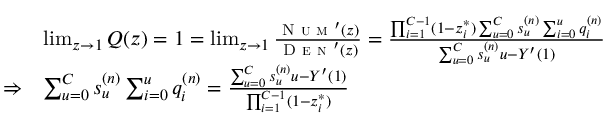
\begin{array} { r l } & { \operatorname* { l i m } _ { z \to 1 } Q ( z ) = 1 = \operatorname* { l i m } _ { z \to 1 } \frac { \textsc { N u m } ^ { \prime } ( z ) } { \textsc { D e n } ^ { \prime } ( z ) } = \frac { \prod _ { i = 1 } ^ { C - 1 } ( 1 - z _ { i } ^ { * } ) \sum _ { u = 0 } ^ { C } s _ { u } ^ { ( n ) } \sum _ { i = 0 } ^ { u } q _ { i } ^ { ( n ) } } { \sum _ { u = 0 } ^ { C } s _ { u } ^ { ( n ) } u - Y ^ { \prime } ( 1 ) } } \\ { \Rightarrow } & { \sum _ { u = 0 } ^ { C } s _ { u } ^ { ( n ) } \sum _ { i = 0 } ^ { u } q _ { i } ^ { ( n ) } = \frac { \sum _ { u = 0 } ^ { C } s _ { u } ^ { ( n ) } u - Y ^ { \prime } ( 1 ) } { \prod _ { i = 1 } ^ { C - 1 } ( 1 - z _ { i } ^ { * } ) } } \end{array}